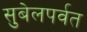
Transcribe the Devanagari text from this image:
सुबेलपर्वत